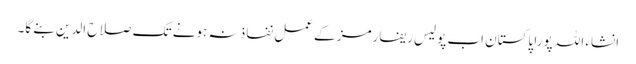
انشاء اللہ پورا پاکستان اب پولیس ریفارمز کے عمل نفاذ نہ ہونے تک صلاح الدین بنے گا۔